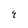
Character: q